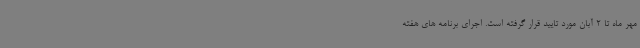
مهر ماه تا 2 آبان مورد تایید قرار گرفته است. اجرای برنامه های هفته